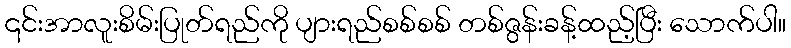
၎င်းအာလူးစိမ်းပြုတ်ရည်ကို ပျားရည်စစ်စစ် တစ်ဇွန်းခန့်ထည့်ပြီး သောက်ပါ။